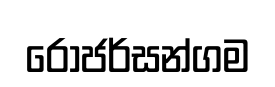
රොජර්සන්ගම